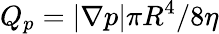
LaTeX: Q_{p}=|\nabla p|\pi R^{4}/8\eta